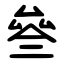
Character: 叄